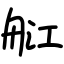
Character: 䑭